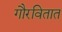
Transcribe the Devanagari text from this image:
गौरवितात